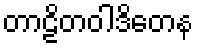
တာဠိတဝါဒိတေန